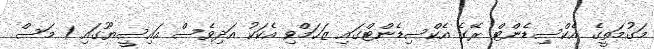
މަގުމަތީގެ އެކްސިޑެންޓް ރޭގެ އެކްސިޑެންޓްގައި ޒަހަމްވި އެކަކު އަދިވެސް އައިސީޔޫގައި 1 މަސް